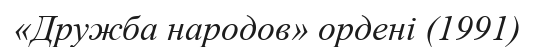
«Дружба народов» ордені (1991)